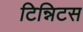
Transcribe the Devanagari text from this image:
टिन्निटस